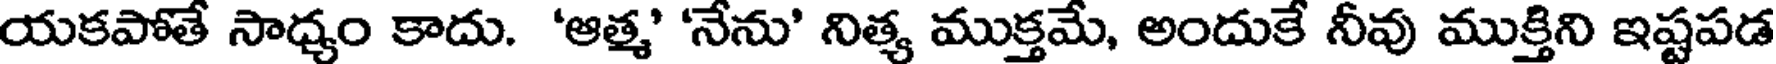
యకపోతే సాధ్యం కాదు. 'ఆత్మ' 'నేను' నిత్య ముక్తమే, అందుకే నీవు ముక్తిని ఇష్టపడ